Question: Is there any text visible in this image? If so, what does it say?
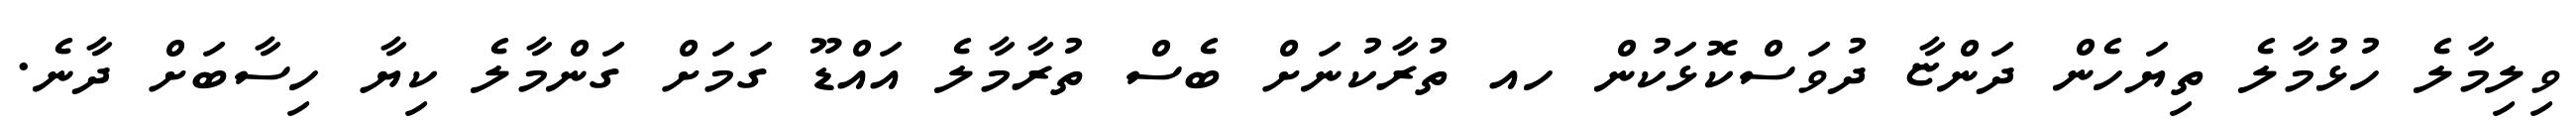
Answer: ވިލިމާލެ ހުޅުމާލެ ތިޔަހެން ދަންޏާ ދުވަސްކޮޅަކުން ހއ ތުރާކުނަށް ބެސް ތުރާމާލެ އައްޑޫ ގަމަށް ގަންމާލެ ކިޔާ ހިސާބަށް ދާނެ.